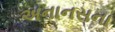
અનાનસના